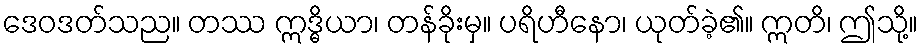
ဒေဝဒတ်သည။ တဿ ဣဒ္ဓိယာ၊ တန်ခိုးမှ။ ပရိဟီနော၊ ယုတ်ခဲ့၏။ ဣတိ၊ ဤသို့။